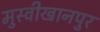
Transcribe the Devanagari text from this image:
मुस्वीखानपुर